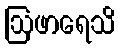
ဩဖာရေသိ